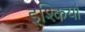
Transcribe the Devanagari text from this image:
इश्कियां